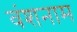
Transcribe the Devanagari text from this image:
वंशनाम